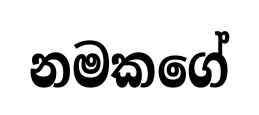
නමකගේ